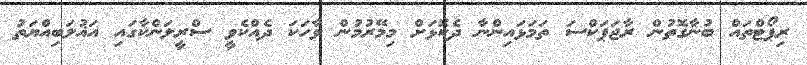
ރިޕޯޓްތައް ބުނާގޮތުން ރާޖަޕަކްސަ ތަމަޅައިންނާ ދެކޮޅަށް މިމޭރުމުން ވާހަކަ ދެއްކެވީ ސްރީލަންކާގައި އަޣުލަބިއްޔަތު